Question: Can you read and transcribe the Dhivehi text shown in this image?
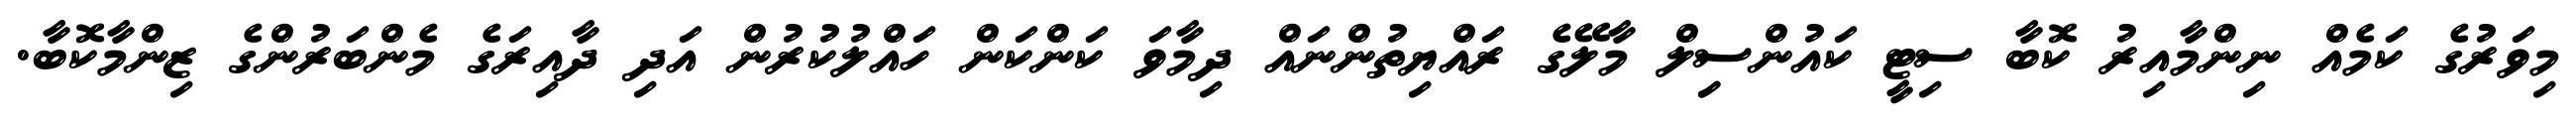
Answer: މިވަރުގެ ކަމެއް ނިންމާއިރު ކޮބާ ސިޓީ ކައުންސިިލް މާލޭގެ ރައްޔިތުންނައް ދިމާވަ ކަންކަން ހައްލުކުރުން އަދި ދާއިރަގެ މެންބަރުންގެ ޒިންމާކޮބާ.